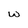
Character: w